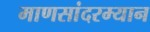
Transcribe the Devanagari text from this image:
माणसांदरम्यान